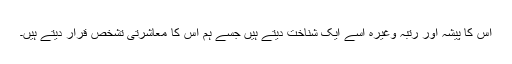
اس کا پیشہ اور رتبہ وغیرہ اُسے ایک شناخت دیتے ہیں جسے ہم اُس کا معاشرتی تشخص قرار دیتے ہیں۔